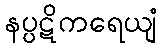
နပ္ပဋိကရေယျံ